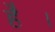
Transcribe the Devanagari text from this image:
हे॑।